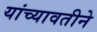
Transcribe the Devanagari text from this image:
यांच्यावतीने